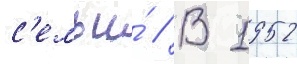
с'емьи́ // В 1952